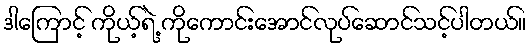
ဒါကြောင့် ကိုယ့်ရဲ့ ကိုကောင်းအောင်လုပ်ဆောင်သင့်ပါတယ်။